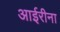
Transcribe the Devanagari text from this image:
आईरीना